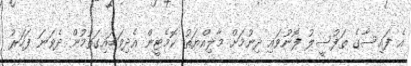
އެ ފައިސާގެ ތަފުސީލު ފޮނުވައި ދިނުމަށް މާލިއްޔަތު ކޮމެޓީން އެދިވަޑައިގަތުމުން ދެވަނަ ފަހަރު